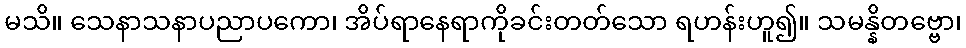
မသိ။ သေနာသနာပညာပကော၊ အိပ်ရာနေရာကိုခင်းတတ်သော ရဟန်းဟူ၍။ သမန္နိတဗ္ဗော၊